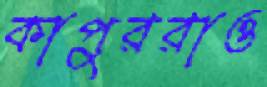
কাপুররাও